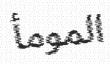
المومأ